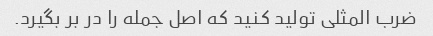
ضرب المثلی تولید کنید که اصل جمله را در بر بگیرد.